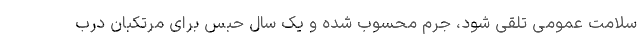
سلامت عمومی تلقی شود، جرم محسوب شده و یک سال حبس برای مرتکبان درب